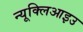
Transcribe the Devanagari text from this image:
न्यूक्लिआइउ